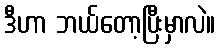
ဒီဟာ ဘယ်တော့ပြီးမှာလဲ။